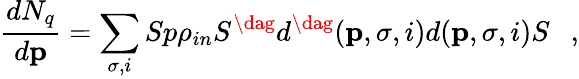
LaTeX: {\frac{dN_{q}}{d{\mathbf p}}}=\sum_{\sigma,i}Sp\rho_{in}S^{\dag}d^{\dag}({\mathbf p},\sigma,i)d({\mathbf p},\sigma,i)S~~~,